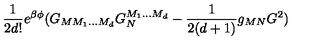
\frac { 1 } { 2 d ! } e ^ { \beta \phi } ( G _ { M M _ { 1 } . . . M _ { d } } G _ { N } ^ { M _ { 1 } . . . M _ { d } } - \frac { 1 } { 2 ( d + 1 ) } g _ { M N } G ^ { 2 } )